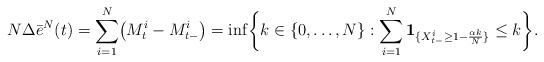
LaTeX: \begin{align*} N \Delta \bar{e}^N(t) = \sum_{i=1}^N \bigl( M^{i}_t - M^{i}_{t-} \bigr) = \inf\biggl\{k\in\{0,\dots,N\}: \sum_{i=1}^N{\mathbf 1}_{\{X^{i}_{t-} \geq 1 - \frac{\alpha k}{N}\}} \leq k \biggr\}.\end{align*}